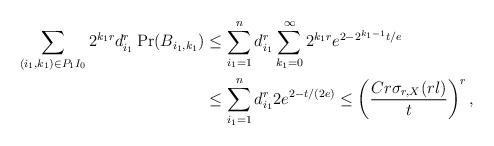
LaTeX: \begin{align*}\sum_{(i_1,k_1)\in P_1I_0}2^{k_1r}d_{i_1}^r\Pr(B_{i_1,k_1}) & \leq \sum_{i_1=1}^nd_{i_1}^r\sum_{k_1=0}^\infty 2^{k_1r}e^{2-2^{k_1-1}t/e}\\ &\leq \sum_{i_1=1}^n d_{i_1}^r2e^{2-t/{ (}2e{)}}\leq \left(\frac{Cr\sigma_{r,X}(rl)}{t}\right)^r,\end{align*}